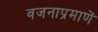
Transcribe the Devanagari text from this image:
वजनाप्रमाणें